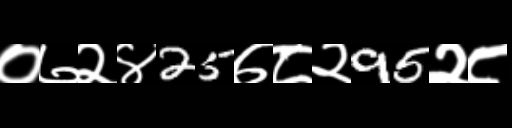
Text: ०७२४25७८२95२८